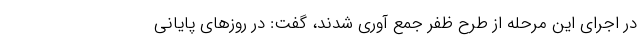
در اجرای این مرحله از طرح ظفر جمع آوری شدند، گفت: در روزهای پایانی